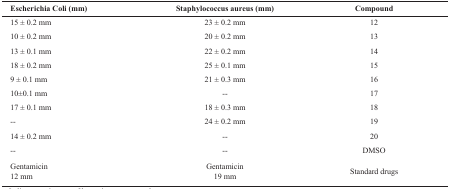
<table><thead><tr><td><b>Escherichia Coli (mm)</b></td><td><b>Staphylococcus aureus (mm)</b></td><td><b>Compound</b></td></tr></thead><tbody><tr><td>15 ± 0.2 mm</td><td>23 ± 0.2 mm</td><td>12</td></tr><tr><td>10 ± 0.2 mm</td><td>20 ± 0.2 mm</td><td>13</td></tr><tr><td>13 ± 0.1 mm</td><td>22 ± 0.2 mm</td><td>14</td></tr><tr><td>18 ± 0.2 mm</td><td>25 ± 0.1 mm </td><td>15</td></tr><tr><td>9 ± 0.1 mm</td><td>21 ± 0.3 mm</td><td>16</td></tr><tr><td>10±0.1 mm</td><td>--</td><td>17</td></tr><tr><td>17 ± 0.1 mm</td><td>18 ± 0.3 mm</td><td>18</td></tr><tr><td>--</td><td>24 ± 0.2 mm</td><td>19</td></tr><tr><td>14 ± 0.2 mm</td><td>--</td><td>20</td></tr><tr><td>--</td><td>--</td><td>DMSO</td></tr><tr><td>Gentamicin12 mm</td><td>Gentamicin19 mm </td><td>Standard drugs</td></tr></tbody></table>